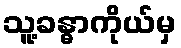
သူ့ခန္ဓာကိုယ်မှ